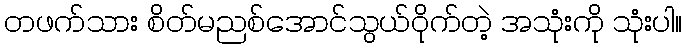
တဖက်သား စိတ်မညစ်အောင်သွယ်ဝိုက်တဲ့ အသုံးကို သုံးပါ။